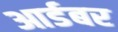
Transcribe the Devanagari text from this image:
आर्डबर